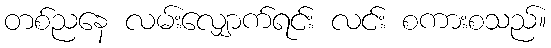
တစ်ညနေ လမ်းလျှောက်ရင်း လင်း စကားစသည်။